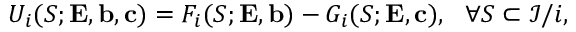
U _ { i } ( S ; { \mathbf { E } } , { \mathbf { b } } , { \mathbf { c } } ) = F _ { i } ( S ; { \mathbf { E } } , { \mathbf { b } } ) - G _ { i } ( S ; { \mathbf { E } } , { \mathbf { c } } ) , ~ ~ \forall S \subset { \mathcal { I } / i } ,